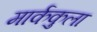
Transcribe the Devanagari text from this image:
मार्ककुला